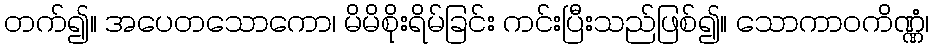
တက်၍။ အပေတသောကော၊ မိမိစိုးရိမ်ခြင်း ကင်းပြီးသည်ဖြစ်၍။ သောကာဝကိဏ္ဏံ၊